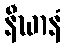
နီဃာနံ